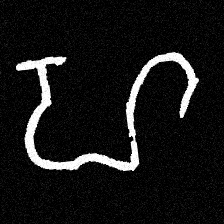
Pyu character \u2014 Myanmar letter: ဟ (romanized: ha)